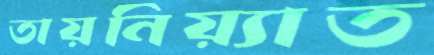
তায়নিয়্যাত